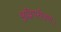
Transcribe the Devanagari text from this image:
बुद्धिपरीक्षण।